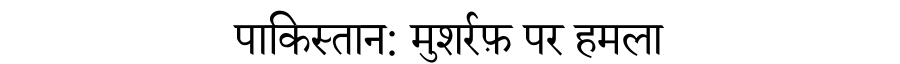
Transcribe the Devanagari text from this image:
पाकिस्तान: मुशर्रफ़ पर हमला